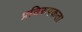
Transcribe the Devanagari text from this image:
प्रतिरुपकता